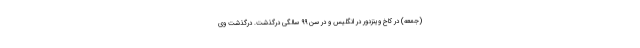
(جمعه) در کاخ وینزدور در انگلیس و در سن ۹۹ سالگی درگذشت. درگذشت وی